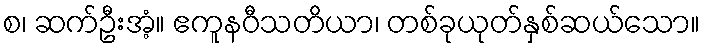
စ၊ ဆက်ဦးအံ့။ ဧကူနဝီသတိယာ၊ တစ်ခုယုတ်နှစ်ဆယ်သော။